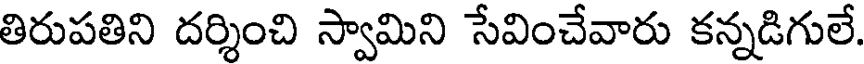
తిరుపతిని దర్శించి స్వామిని సేవించేవారు కన్నడిగులే.